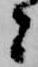
者